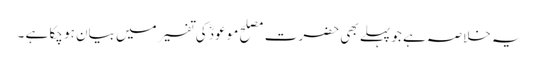
یہ خلاصہ ہے جو پہلے بھی حضرت مصلح موعودؓ کی تفسیر میں بیان ہو چکا ہے ۔